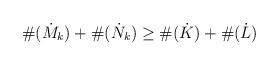
LaTeX: \begin{align*}\#(\dot{M}_k) + \#(\dot{N}_k) \geq \#(\dot{K}) + \#(\dot{L})\end{align*}